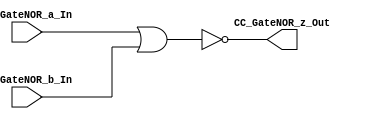
/*######################################################################
//#	G0B1T: HDL EXAMPLES. 2018.
//######################################################################
//# Copyright (C) 2018. F.E.Segura-Quijano (FES) fsegura@uniNORes.edu.co
//# 
//# This program is free software: you can redistribute it NOR/or modify
//# it under the terms of the GNU General Public License as published by
//# the Free Software Foundation, version 3 of the License.
//#
//# This program is distributed in the hope that it will be useful,
//# but WITHOUT ANY WARRANTY; without even the implied warranty of
//# MERCHANTABILITY or FITNESS FOR A PARTICULAR PURPOSE.  See the
//# GNU General Public License for more details.
//#
//# You should have received a copy of the GNU General Public License
//# along with this program.  If not, see <http://www.gnu.org/licenses/>
//####################################################################*/
//=======================================================
//  MODULE Definition
//=======================================================
module CC_GateNOR (
//////////// OUTPUTS //////////
	CC_GateNOR_z_Out,
//////////// INPUTS //////////
	CC_GateNOR_a_In,
	CC_GateNOR_b_In
);
//=======================================================
//  PARAMETER declarations
//=======================================================

//=======================================================
//  PORT declarations
//=======================================================
output	CC_GateNOR_z_Out;
input 	CC_GateNOR_a_In;
input 	CC_GateNOR_b_In;
//=======================================================
//  REG/WIRE declarations
//=======================================================

//=======================================================
//  Structural coding
//=======================================================
assign CC_GateNOR_z_Out = ~(CC_GateNOR_a_In | CC_GateNOR_b_In);

endmodule